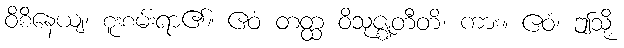
ဝိစိနေယျ၊ စူးစမ်းရာ၏။ ဧဝံ တတ္ထ ဝိသုဇ္ဈတီတိ၊ ကား။ ဧဝံ၊ ဤသို့